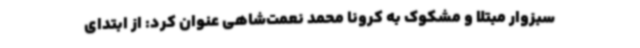
سبزوار مبتلا و مشکوک به کرونا محمد نعمت‌شاهی عنوان کرد: از ابتدای